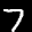
Label: 7